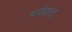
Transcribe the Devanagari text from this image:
वशेषता